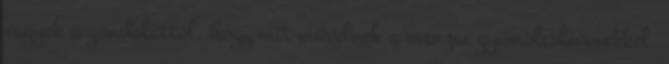
vagyok a gondolattól, hogy mit művelnek a menzai gyümölcslevesekkel,